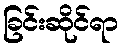
ခြင်းဆိုင်ရာ